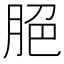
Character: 脃